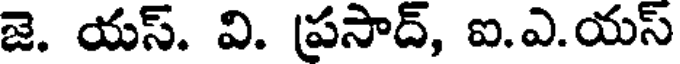
జె. యస్. వి. ప్రసాద్, ఐ.ఎ.యస్